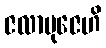
ဇလာဗုဇေဟိ